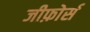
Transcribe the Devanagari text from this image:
जीफ़ोर्स